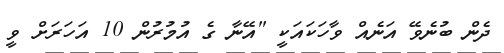
ދެން ބުނެވޭ އަނެއް ވާހަކައަކީ "އޭނާ ގެ އުމުރުން 10 އަހަރަށް ވީ